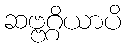
ဆဗ္ဗဂ္ဂိယာပိ